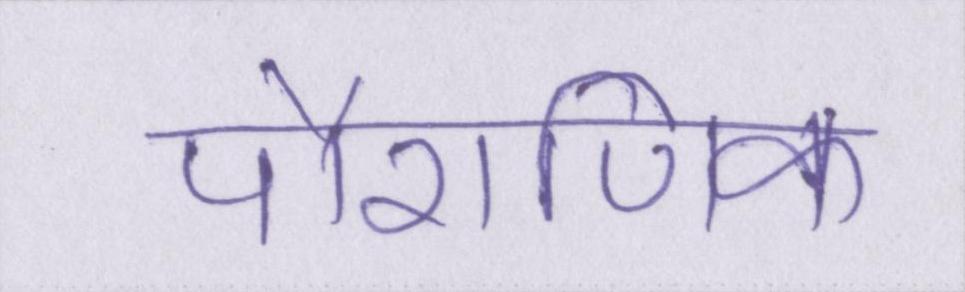
पौराणिक